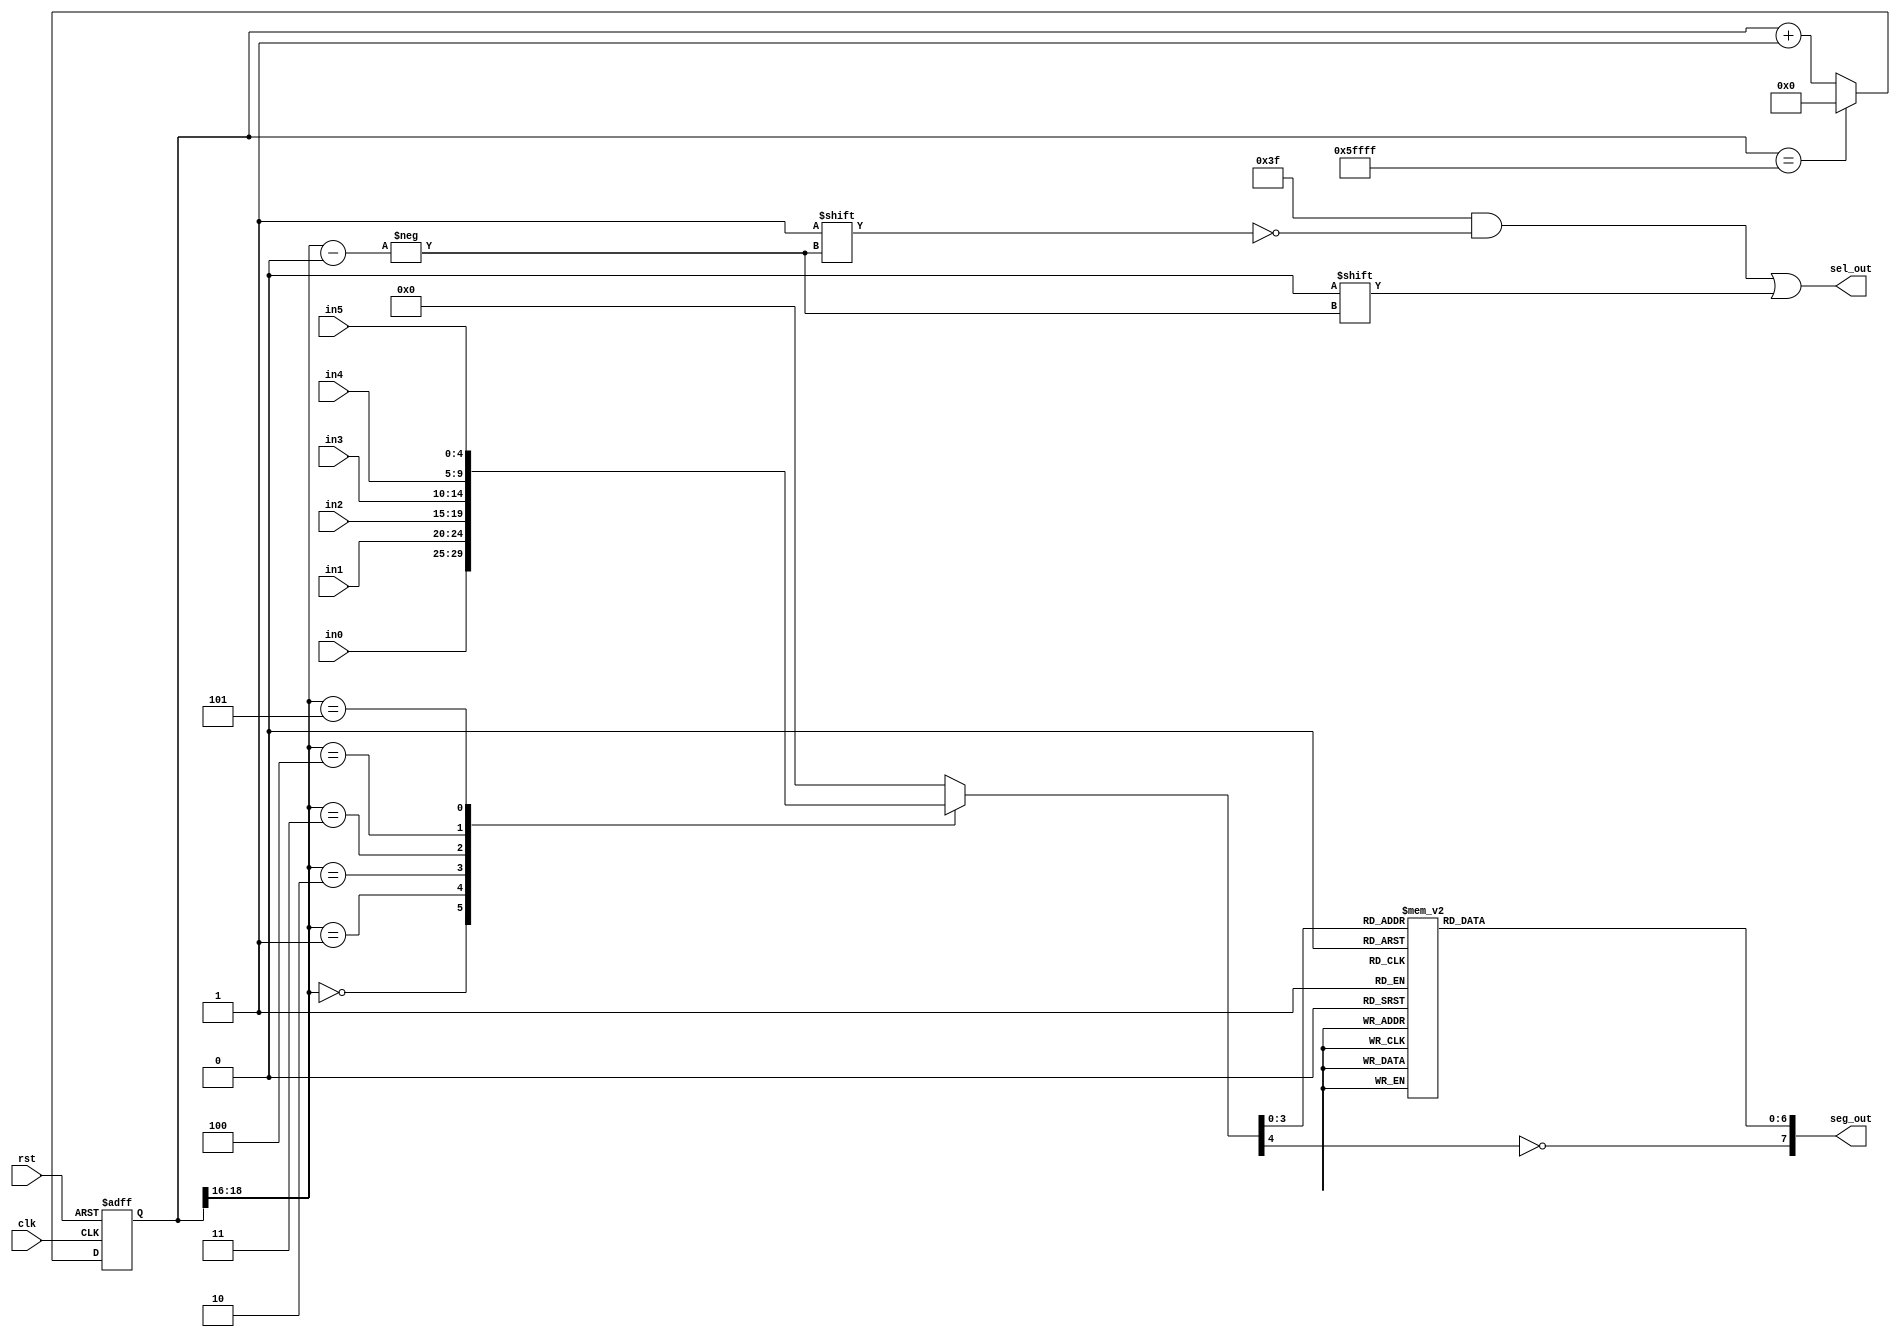
`timescale 1ns / 1ps

module LED_mux
	#(parameter N=19) //last 3 bits will be used as output. Frequency=50MHz/(2^(N-3)). So N=19 will have 763Hz
	(
	input clk,rst,
	input[4:0] in0,in1,in2,in3,in4,in5, //format: {dp,hex[3:0]}
	output reg[7:0] seg_out,
	output reg[5:0] sel_out
    );
	 
	 reg[N-1:0] r_reg=0;
	 reg[4:0] hex_out=0;
	 wire[N-1:0] r_nxt;
	 wire[2:0] out_counter; //last 3 bits to be used as output signal
	 
	 
	 //N-bit counter
	 always @(posedge clk,negedge rst)
	 if(!rst) r_reg<=0;
	 else r_reg<=r_nxt;
	 
	 assign r_nxt=(r_reg=={3'd5,{(N-3){1'b1}}})?19'd0:r_reg+1'b1; //last 3 bits counts from 0 to 5(6 turns) then wraps around
	 assign out_counter=r_reg[N-1:N-3];
	 
	 
	 //sel_out output logic
	 always @(out_counter) begin
		 sel_out=6'b111_111;    //active low
		 sel_out[out_counter]=1'b0;
	 end
	  
	 //hex_out output logic
	 always @* begin
		 hex_out=0;
			 casez(out_counter)
			 3'b000: hex_out=in0;
			 3'b001: hex_out=in1;
			 3'b010: hex_out=in2;
			 3'b011: hex_out=in3;
			 3'b100: hex_out=in4;
			 3'b101: hex_out=in5;
			 endcase
	 end
	 	 
	 //hex-to-seg decoder
	 always @* begin
		 seg_out=0;
			 case(hex_out[3:0])
			 4'h0: seg_out[6:0]=7'b0000_001;
			 4'h1: seg_out[6:0]=7'b1001_111;
			 4'h2: seg_out[6:0]=7'b0010_010;
			 4'h3: seg_out[6:0]=7'b0000_110;
			 4'h4: seg_out[6:0]=7'b1001_100;
			 4'h5: seg_out[6:0]=7'b0100_100;
			 4'h6: seg_out[6:0]=7'b0100_000;
			 4'h7: seg_out[6:0]=7'b0001_111;
			 4'h8: seg_out[6:0]=7'b0000_000;
			 4'h9: seg_out[6:0]=7'b0001_100;
			 4'ha: seg_out[6:0]=7'b0001_000;
			 4'hb: seg_out[6:0]=7'b1100_000;
			 4'hc: seg_out[6:0]=7'b0110_001;
			 4'hd: seg_out[6:0]=7'b1000_010;
			 4'he: seg_out[6:0]=7'b0110_000;
			 4'hf: seg_out[6:0]=7'b0111_000;
			 endcase
		 seg_out[7]=!hex_out[4]; //active high decimal
	 end

endmodule